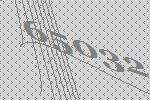
65032